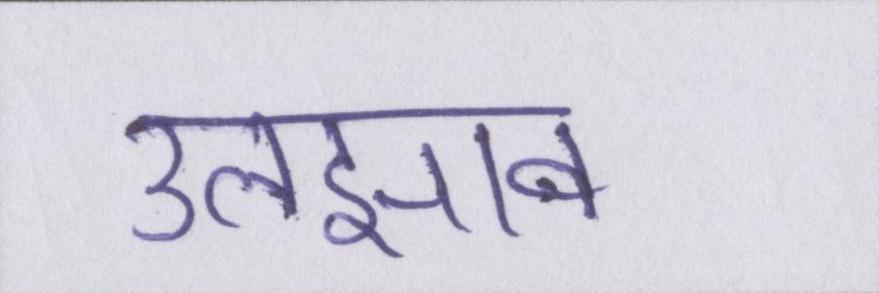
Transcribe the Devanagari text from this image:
उलझाव